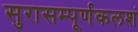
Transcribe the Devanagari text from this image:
सुरासम्पूर्णकलशं